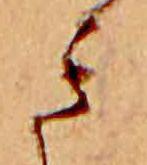
き